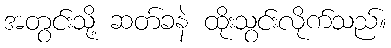
အတွင်းသို့ ဆတ်ခနဲ ထိုးသွင်းလိုက်သည်။